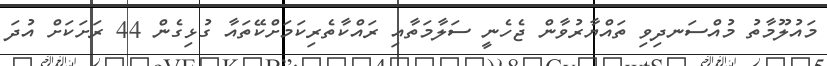
މައުލޫމާތު މުއްސަނދިވި ތައްޔާރުވާން ޖެހެނީ ސަލާމަތާއި ރައްކާތެރިކަމަށްކޭތައާ ގުޅިގެން 44 ރަށަކަށް އުދަ